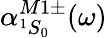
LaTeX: \alpha_{^1S_{0}}^{M1\pm}(\omega)